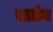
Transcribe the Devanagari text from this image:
ताडंव